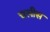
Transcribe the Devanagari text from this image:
चलीस